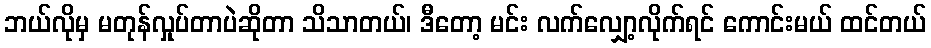
ဘယ်လိုမှ မတုန်လှုပ်တာပဲဆိုတာ သိသာတယ်၊ ဒီတော့ မင်း လက်လျှော့လိုက်ရင် ကောင်းမယ် ထင်တယ်